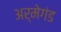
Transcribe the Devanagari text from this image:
अर्मेगंड